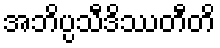
အဘိပ္ပသီဒိဿတီတိ